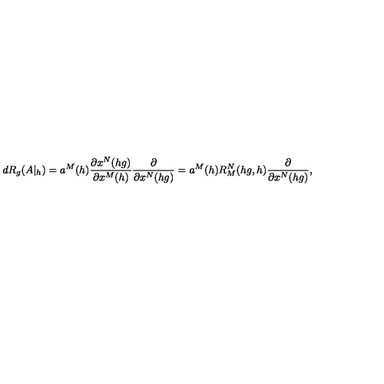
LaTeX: d R _ { g } ( A | _ { h } ) = a ^ { M } ( h ) \frac { \partial x ^ { N } ( h g ) } { \partial x ^ { M } ( h ) } \frac { \partial } { \partial x ^ { N } ( h g ) } = a ^ { M } ( h ) R _ { M } ^ { N } ( h g , h ) \frac { \partial } { \partial x ^ { N } ( h g ) } ,